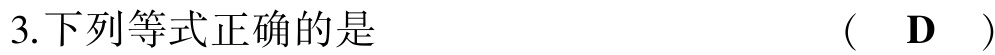
3.下列等式正确的是 （ D ）